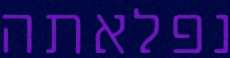
נפלאתה